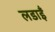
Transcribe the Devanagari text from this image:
लडाइँ